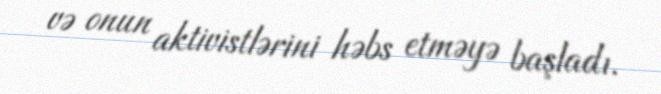
və onun aktivistlərini həbs etməyə başladı.